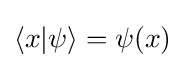
\langle x|\psi \rangle =\psi (x)